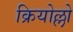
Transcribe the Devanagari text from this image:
क्रियोल्लो